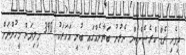
ދިވެހި ރެޑް ކްރެސެންޓުން ނެރުނު ބަޔާނެއްގައި ބުނީ އަހަރަކު 390 މިލިޔަން މީހުންނަށް